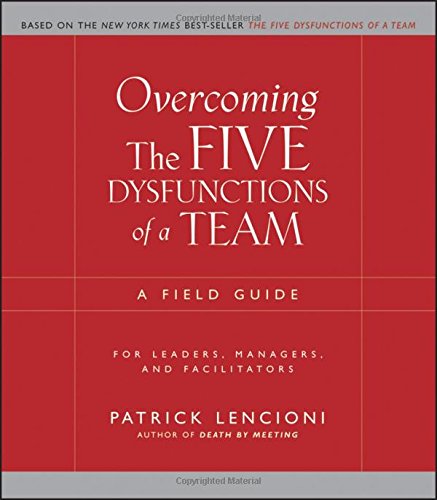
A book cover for Overcoming the Five Dysfunctions of a Team: A Field Guide for Leaders, Managers, and Facilitators; Patrick Lencioni; Business & Money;